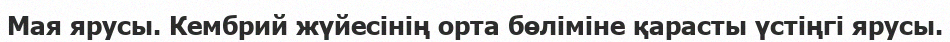
Мая ярусы. Кембрий жүйесінің орта бөліміне қарасты үстіңгі ярусы.